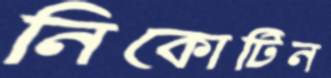
নিকোটিন